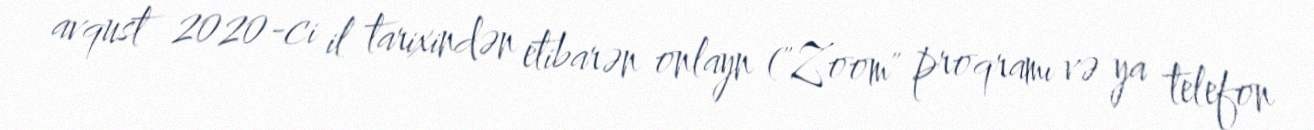
avqust 2020-ci il tarixindən etibarən onlayn ("Zoom" proqramı və ya telefon